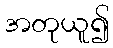
အတုယူ၍